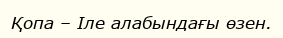
Қопа – Іле алабындағы өзен.